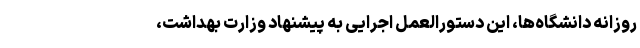
روزانه دانشگاه‌ها، این دستورالعمل اجرایی به پیشنهاد وزارت بهداشت،